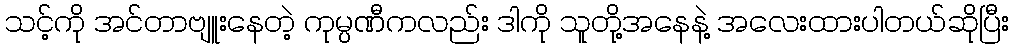
သင့်ကို အင်တာဗျူးနေတဲ့ ကုမ္ပဏီကလည်း ဒါကို သူတို့အနေနဲ့ အလေးထားပါတယ်ဆိုပြီး